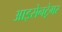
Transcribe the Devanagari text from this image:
आइसेनट्रेगर